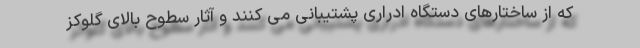
که از ساختارهای دستگاه ادراری پشتیبانی می کنند و آثار سطوح بالای گلوکز